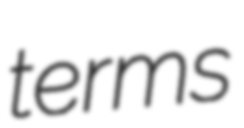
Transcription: terms